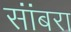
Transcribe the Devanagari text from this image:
सांंबरा